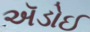
ઍડોઈ